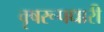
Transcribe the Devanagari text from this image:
वृषरूपधारी